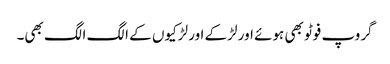
گروپ فوٹو بھی ہوئے اور لڑکے اور لڑکیوں کے الگ الگ بھی۔